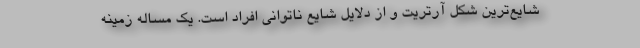
شایع‌ترین شکل آرتریت و از دلایل شایع ناتوانی افراد است. یک مساله زمینه